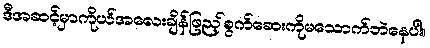
ဒီအဆင့်မှာကိုယ်အလေးချိန်ဖြည့်စွက်ဆေးကိုမသောက်ဘဲနေပါ။